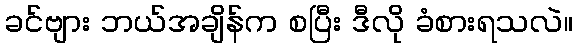
ခင်ဗျား ဘယ်အချိန်က စပြီး ဒီလို ခံစားရသလဲ။